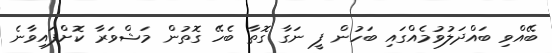
ބޭއްވި ބައްދަލުވުމެއްގައި ބަހުން ފީ ނަގާ ގޮތާ ބެހޭ ގޮތުން މަޝްވަރާ ކޮށްފައިވާނެ